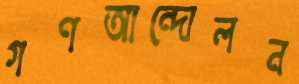
গণআন্দোলন